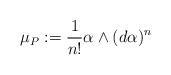
LaTeX: \begin{align*}\mu_P:=\frac{1}{n!}\alpha\wedge (d\alpha)^n\end{align*}